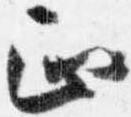
正